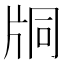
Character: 𤖾